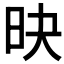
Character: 𣅡